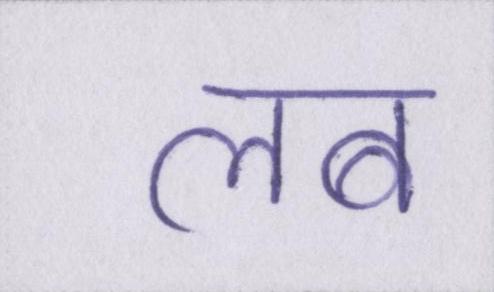
लब